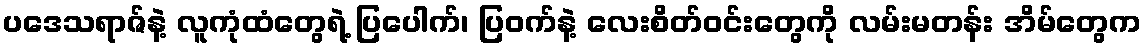
ပဒေသရာဇ်နဲ့ လူကုံထံတွေရဲ့ ပြပေါက်၊ ပြဝက်နဲ့ လေးစိတ်ဝင်းတွေကို လမ်းမတန်း အိမ်တွေက